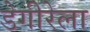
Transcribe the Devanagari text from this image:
डेगीरेला